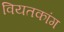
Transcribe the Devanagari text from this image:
वियतकांग